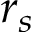
r _ { s }